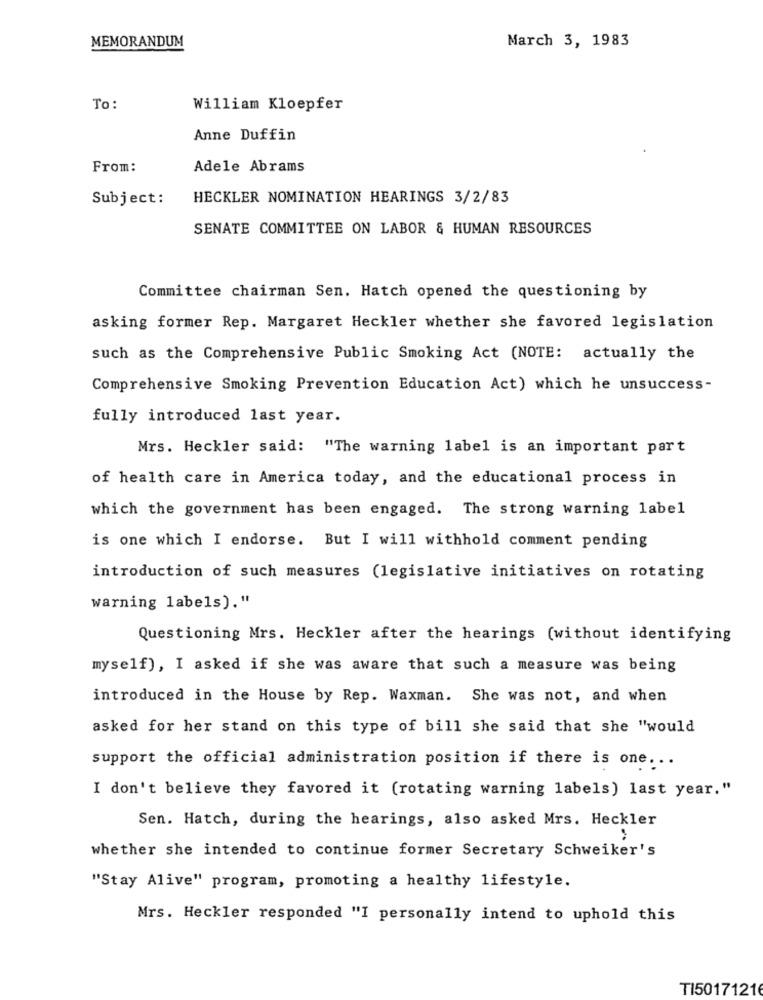
MEMORANDUM
March 3, 1983
To:
William Kloepfer
Anne Duffin
From:
Adele Abrams
Subject:
HECKLER NOMINATION HEARINGS 3/2/83
SENATE COMMITTEE ON LABOR & HUMAN RESOURCES
Committee chairman Sen. Hatch opened the questioning by
asking former Rep. Margaret Heckler whether she favored legislation
such as the Comprehensive Public Smoking Act (NOTE: actually the
Comprehensive Smoking Prevention Education Act) which he unsuccess-
fully introduced last year.
Mrs. Heckler said: "The warning label is an important part
of health care in America today, and the educational process in
which the government has been engaged. The strong warning label
is one which I endorse. But I will withhold comment pending
introduction of such measures (legislative initiatives on rotating
warning labels)."
Questioning Mrs. Heckler after the hearings (without identifying
myself), I asked if she was aware that such a measure was being
introduced in the House by Rep. Waxman. She was not, and when
asked for her stand on this type of bill she said that she "would
support the official administration position if there is one ...
I don't believe they favored it (rotating warning labels) last year."
Sen. Hatch, during the hearings, also asked Mrs. Heckler
whether she intended to continue former Secretary Schweiker's
"Stay Alive" program, promoting a healthy lifestyle.
Mrs. Heckler responded "I personally intend to uphold this
TI50171216